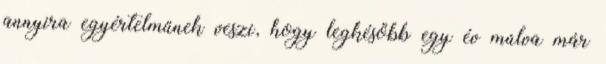
annyira egyértelműnek veszi, hogy legkésőbb egy év múlva már